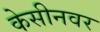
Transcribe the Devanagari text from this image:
केसीनवर